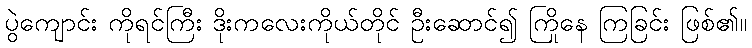
ပွဲကျောင်း ကိုရင်ကြီး ဒိုးကလေးကိုယ်တိုင် ဦးဆောင်၍ ကြိုနေ ကြခြင်း ဖြစ်၏။